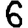
Digit: 6